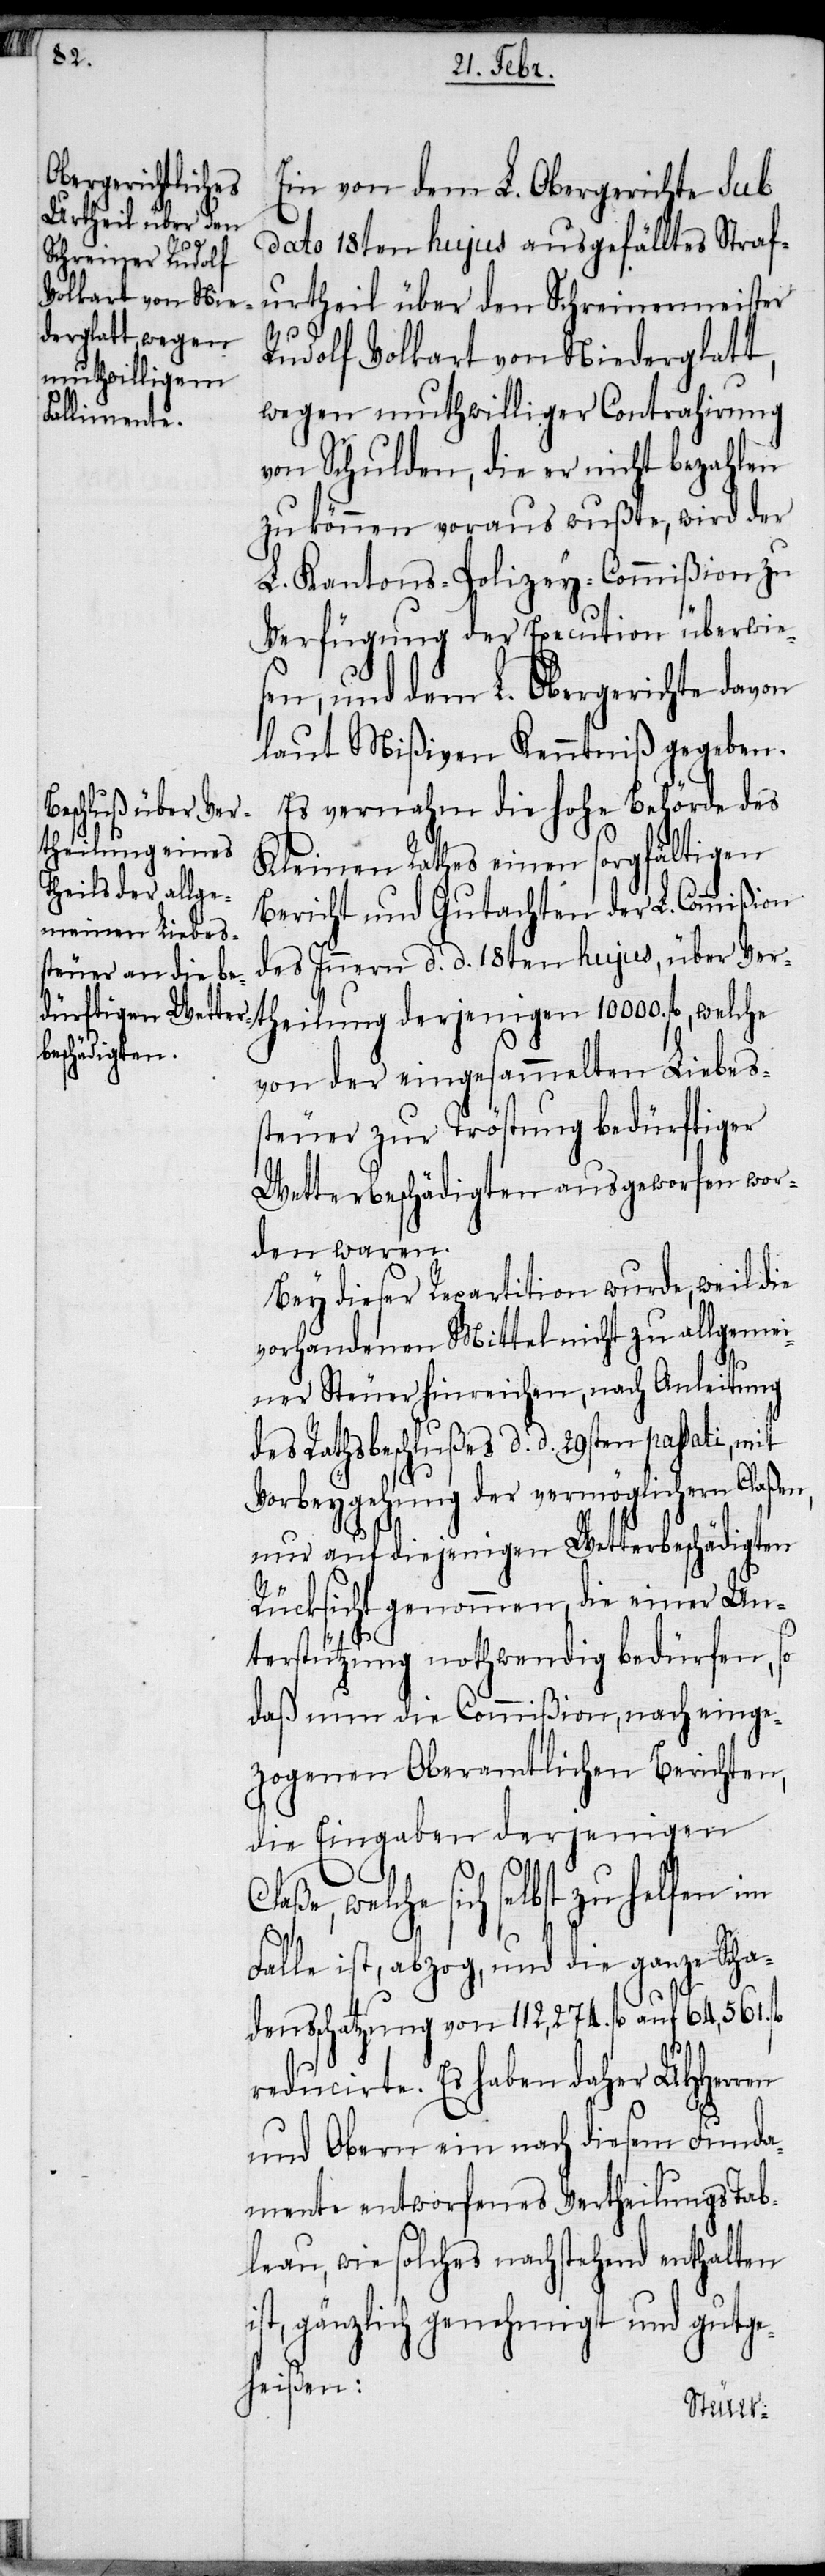
i¬

Ein von dem L. Obergerichte sub
dato 18ten hujus ausgefälltes Straf¬
urtheil über den Schreinermeister
Rudolf Volkart von Niederglatt,
wegen muthwilliger Contrahirung
von Schulden, die er nicht bezahlen
zu können voraus wußte, wird der
L. Kantons-Polizey-Commißion zu
Verfügung der Execution überwie¬
sen, und dem L. Obergerichte davon
laut Mißiven Kenntniß gegeben.
Es vernahm die hohe Behörde des
Kleinen Rathes einen sorgfältigen
Bericht und Gutachten der L. Commißion
des Innern d. d. 18ten hujus, über Ver¬
von der eingesammelten Liebes¬
steuer zur Tröstung bedürftiger
Wetterbeschädigten ausgeworfen wor¬
den waren.
Bey dieser Repartition wurde, weil die
vorhandenen Mittel nicht zu allgemei¬
ner Steuer hinreichen, nach Anleitung
des Rathsbeschlußes d. d. 29sten passati, mit
Vorbeygehung der vermöglichern Claßen,
nur auf diejenigen Wetterbeschädigten
Rücksicht genommen, die einer Un¬
terstützung nothwendig bedürfen, so
daß nun die Commißion, nach einge¬
zogenen Oberamtlichen Berichten,
die Eingaben derjenigen
welche sich selbst zu helfen im
Falle ist, abzog, und die ganze Scha¬
densschatzung von 112,274. fl auf 64,561. fl
reducirte. Es haben daher UHHerren
und Obern ein nach diesem Funda¬
mente entworfenes Vertheilungs Tab¬
leau, wie solches nachstehend enthalten
st, gänzlich genehmigt und gutge¬
heißen: